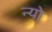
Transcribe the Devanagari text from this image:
न्यो